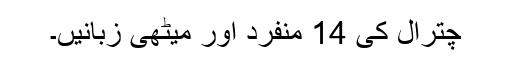
چترال کی 14 منفرد اور میٹھی زبانیں۔